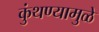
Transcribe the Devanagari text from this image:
कुंथण्यामुळे